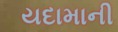
યદામાની